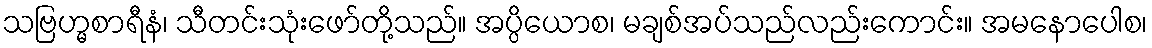
သဗြဟ္မစာရီနံ၊ သီတင်းသုံးဖော်တို့သည်။ အပ္ပိယောစ၊ မချစ်အပ်သည်လည်းကောင်း။ အမနောပေါစ၊